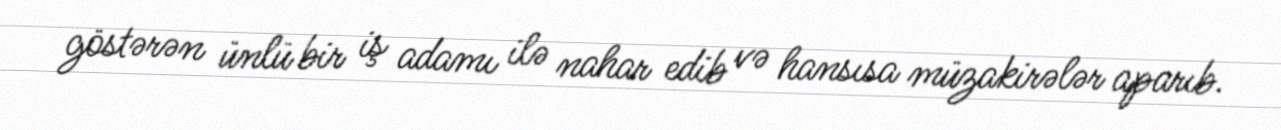
göstərən ünlü bir iş adamı ilə nahar edib və hansısa müzakirələr aparıb.